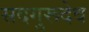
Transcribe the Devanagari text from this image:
सदगुरूदेव